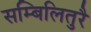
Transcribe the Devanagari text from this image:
सम्बिलितुरै